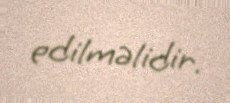
edilməlidir.